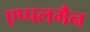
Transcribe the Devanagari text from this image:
एप्पलमैन